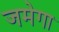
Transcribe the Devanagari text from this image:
जमेगा